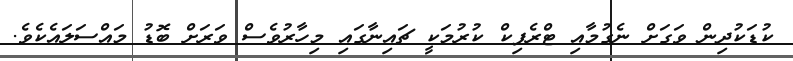
ކުޑަކުދިން ވަގަށް ނެގުމާއި ޓްރެފިކް ކުރުމަކީ ޗައިނާގައި މިހާރުވެސް ވަަރަށް ބޮޑު މައްސަލައެެކެވެ.